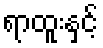
ရာထူးနှင့်